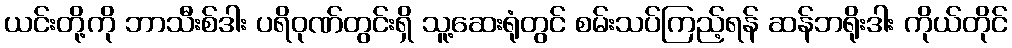
ယင်းတို့ကို ဘာသီးစ်ဒါး ပရိဝုဏ်တွင်းရှိ သူ့ဆေးရုံတွင် စမ်းသပ်ကြည့်ရန် ဆန်ဘရိုးဒါး ကိုယ်တိုင်